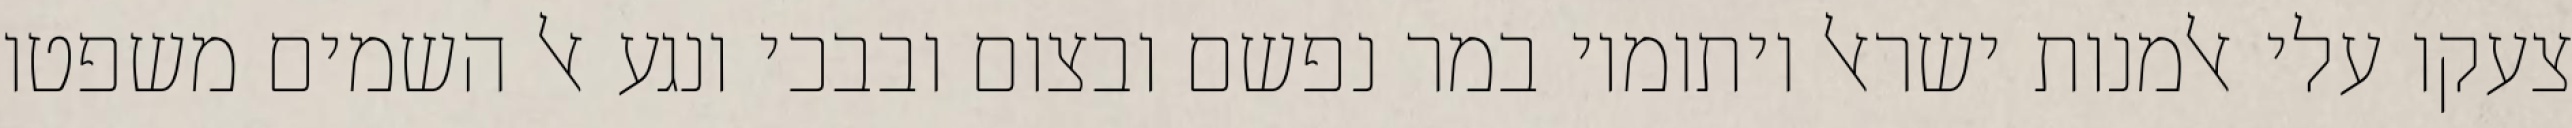
צעקו עלי אלמנות ישראל ויתומיו במר נפשם ובצום ובבכי ונגע אל השמים משפטו